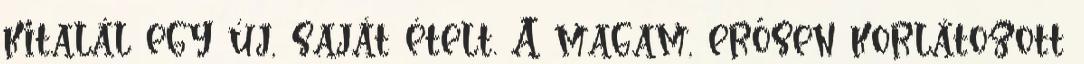
kitalál egy új, saját ételt. A magam, erősen korlátozott